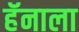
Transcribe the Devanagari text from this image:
हॅनाला